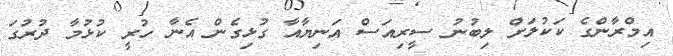
އިމްރާންގެ ކަކުލަށް ލިބުނު ސީރިއަސް އަނިޔާއާ ގުޅިގެން އެނާ ހުރީ ކުޅުމާ ދުރުގަ